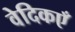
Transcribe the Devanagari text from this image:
वेदिकएँ